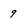
Character: 9